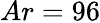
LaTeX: Ar=96